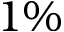
1 \%